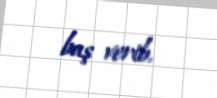
baş verib.